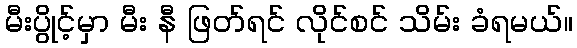
မီးပွိုင့်မှာ မီး နီ ဖြတ်ရင် လိုင်စင် သိမ်း ခံရမယ်။